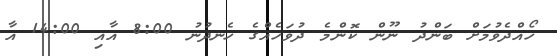
ހޯއްދެވުމަށް ބަންދު ނޫން ކޮންމެ ދުވަހެއްގެ ހެނދުނު 8:00 އާއި 14:00 އާ